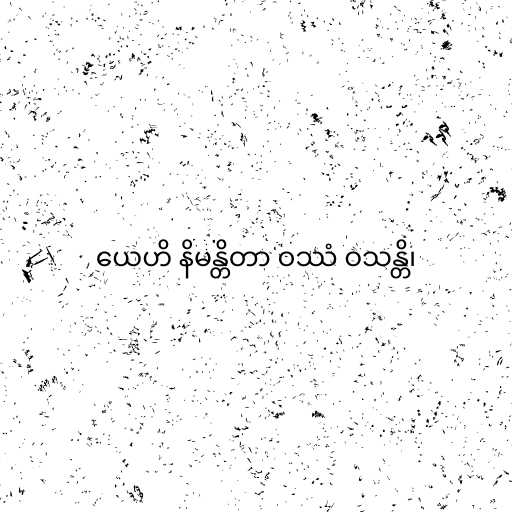
ယေဟိ နိမန္တိတာ ဝဿံ ဝသန္တိ၊